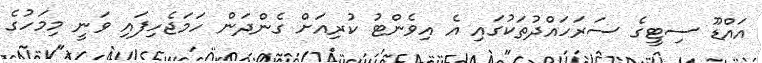
އައްޑޫ ސިޓީގެ ސަރަހައްދުތަކުގައި އެ އިވެންޓު ކުރިއަށް ގެންދަން ހަމަޖެހިފައި ވަނީ މިމަހުގެ